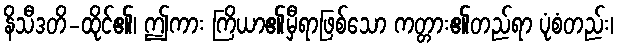
နိသီဒတိ-ထိုင်၏၊ ဤကား ကြိယာ၏မှီရာဖြစ်သော ကတ္တား၏တည်ရာ ပုံစံတည်း၊